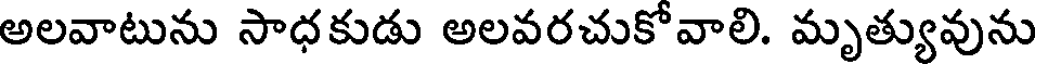
అలవాటును సాధకుడు అలవరచుకోవాలి. మృత్యువును